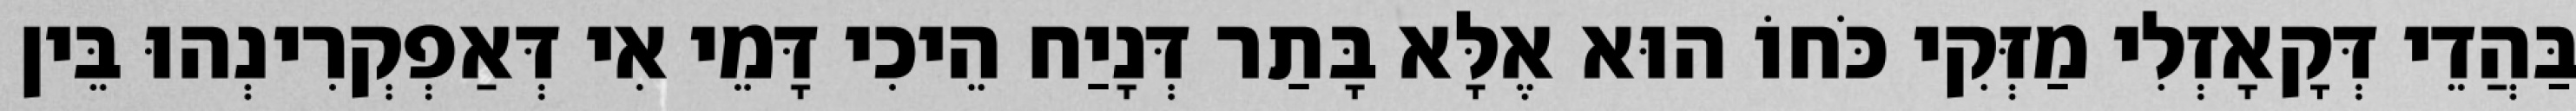
בַּהֲדֵי דְּקָאָזְלִי מַזְּקִי כֹּחוֹ הוּא אֶלָּא בָּתַר דְּנָיַח הֵיכִי דָּמֵי אִי דְּאַפְקְרִינְהוּ בֵּין